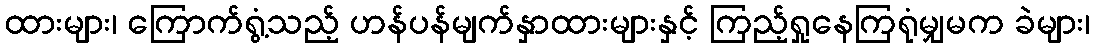
ထားများ၊ ကြောက်ရွံ့သည့် ဟန်ပန်မျက်နှာထားများနှင့် ကြည့်ရှုနေကြရုံမျှမက ခဲများ၊